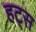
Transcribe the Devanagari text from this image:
हट्स